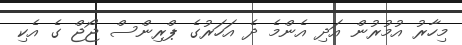
މިހާރު އުމުރުން އަދި އެންމެ ދެ އަހަރުގެ ޕްރިންސް ޖޯޖް ގެ އެކި